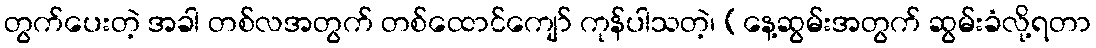
တွက်ပေးတဲ့ အခါ တစ်လအတွက် တစ်ထောင်ကျော် ကုန်ပါသတဲ့၊ (နေ့ဆွမ်းအတွက် ဆွမ်းခံလို့ရတာ